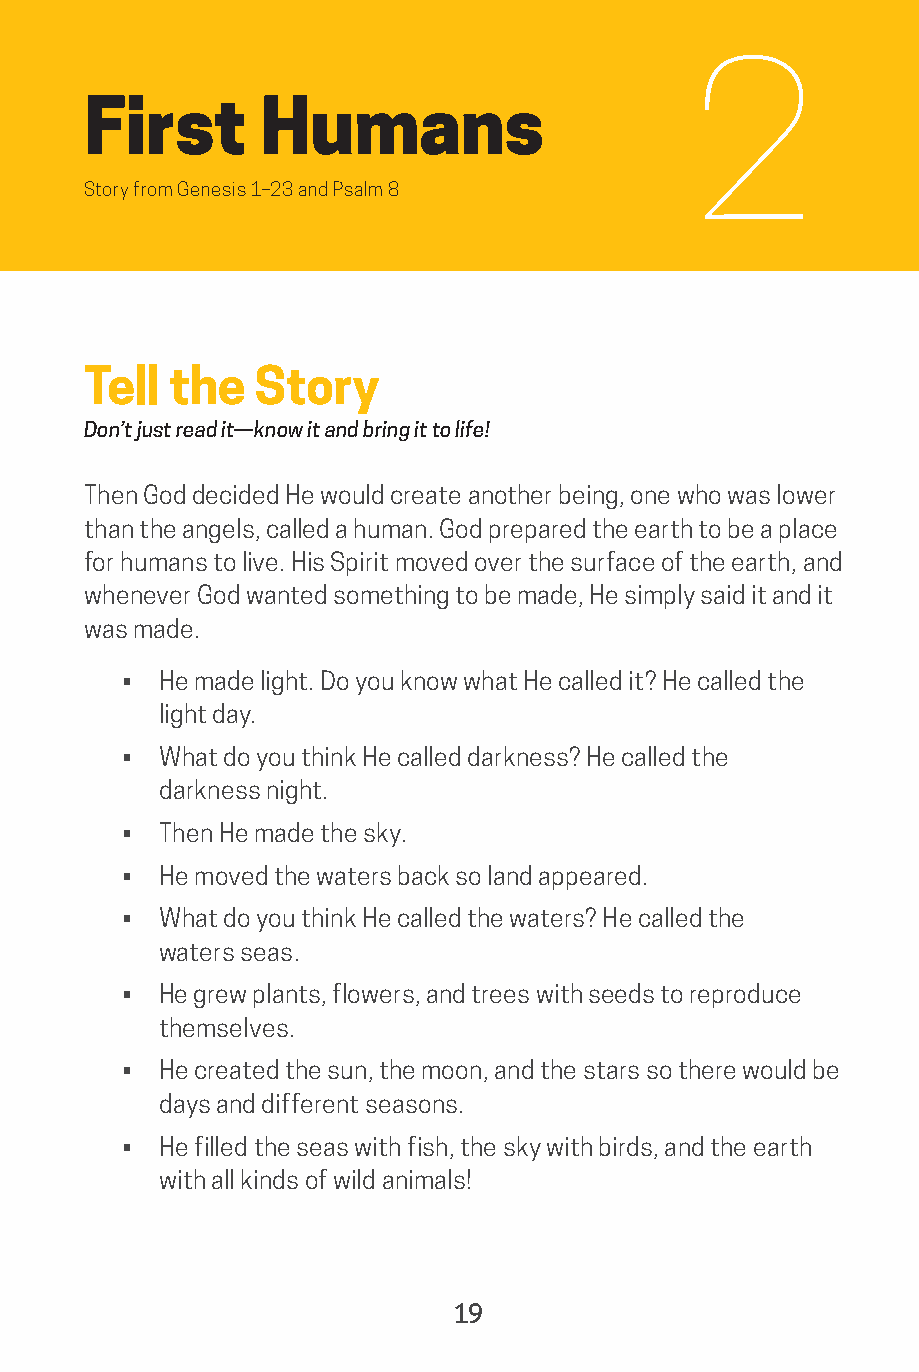
2
 First       Humans
 Story from Genesis 1–23 and Psalm 8
 Tell  the  Story
 Don’t just read it—know it and bring it to life!
 Then God decided He would create another being, one who was lower
 than the angels, called a human. God prepared the earth to be a place
 for humans to live. His Spirit moved over the surface of the earth, and
 whenever God wanted something to be made, He simply said it and it
 was made.
 • He made light. Do you know what He called it? He called the
 light day.
 • What do you think He called darkness? He called the
 darkness night.
 • Then He made the sky.
 • He moved the waters back so land appeared.
 • What do you think He called the waters? He called the
 waters seas.
 • He grew plants, flowers, and trees with seeds to reproduce
 themselves.
 • He created the sun, the moon, and the stars so there would be
 days and different seasons.
 • He filled the seas with fish, the sky with birds, and the earth
 with all kinds of wild animals!
 19
 saturate-story_of_god_kids-2.indd 19              8/10/17 10:11 PM